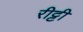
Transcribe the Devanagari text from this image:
रीट्टी